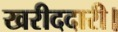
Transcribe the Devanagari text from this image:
खरीददारी।